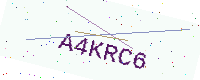
Text: A4KRC6